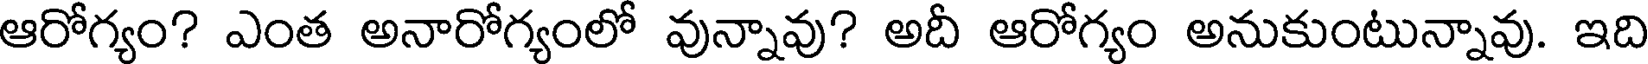
ఆరోగ్యం? ఎంత అనారోగ్యంలో వున్నావు? అదీ ఆరోగ్యం అనుకుంటున్నావు. ఇది